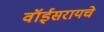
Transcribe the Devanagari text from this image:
वॉईसरायचे